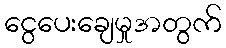
ငွေပေးချေမှုအတွက်